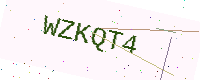
Text: WZKQT4